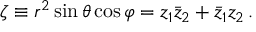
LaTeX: \zeta \equiv r ^ { 2 } \sin \theta \cos \varphi = z _ { 1 } \bar { z } _ { 2 } + \bar { z } _ { 1 } z _ { 2 } \, .